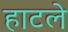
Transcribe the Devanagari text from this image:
हाटले